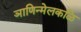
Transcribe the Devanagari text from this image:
ञाणिन्मेलकळि